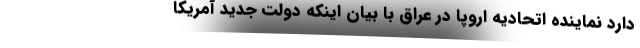
دارد نماینده اتحادیه اروپا در عراق با بیان اینکه دولت جدید آمریکا